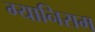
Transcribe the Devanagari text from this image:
ग्यानिराम